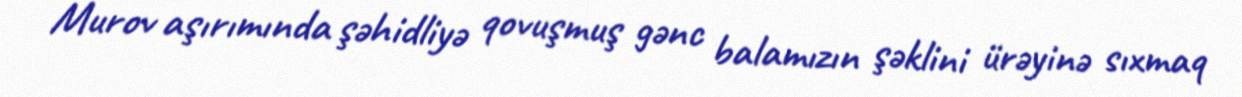
Murov aşırımında şəhidliyə qovuşmuş gənc balamızın şəklini ürəyinə sıxmaq